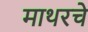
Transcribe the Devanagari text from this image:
माथरचे